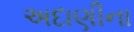
અદાણીના